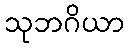
သုဘဂိယာ